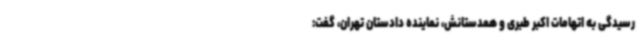
رسیدگی به اتهامات اکبر طبری و همدستانش، نماینده دادستان تهران، گفت: